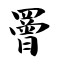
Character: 罾